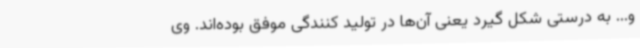
و... به درستی شکل گیرد یعنی آن‌ها در تولید کنندگی موفق بوده‌اند. وی